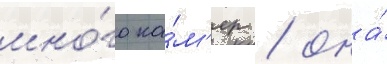
мно́го ка́м'ер / она́